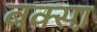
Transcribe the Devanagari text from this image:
बक्सा़